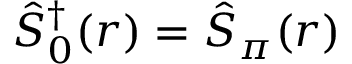
\hat { S } _ { 0 } ^ { \dagger } ( r ) = \hat { S } _ { \pi } ( r )